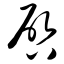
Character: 启